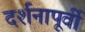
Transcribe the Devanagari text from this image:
दर्शनापूर्वी